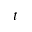
t